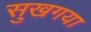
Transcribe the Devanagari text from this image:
सुखगया